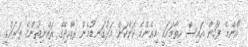
"އެންމެ ފަހުން އައިސް ހިތާމައަކީ މިއެންމެ ކަންކަން އަޅުގަނޑުމެން ރާއްޖޭގެ ރައްޔިތުންގެ ތަރައްގީ